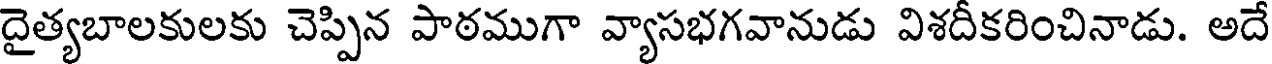
దైత్యబాలకులకు చెప్పిన పాఠముగా వ్యాసభగవానుడు విశదీకరించినాడు. అదే